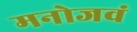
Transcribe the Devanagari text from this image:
मनोजवं